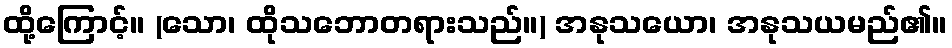
ထို့ကြောင့်။ (သော၊ ထိုသဘောတရားသည်။) အနုသယော၊ အနုသယမည်၏။